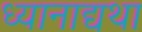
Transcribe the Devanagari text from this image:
ध्यानाद्यथा